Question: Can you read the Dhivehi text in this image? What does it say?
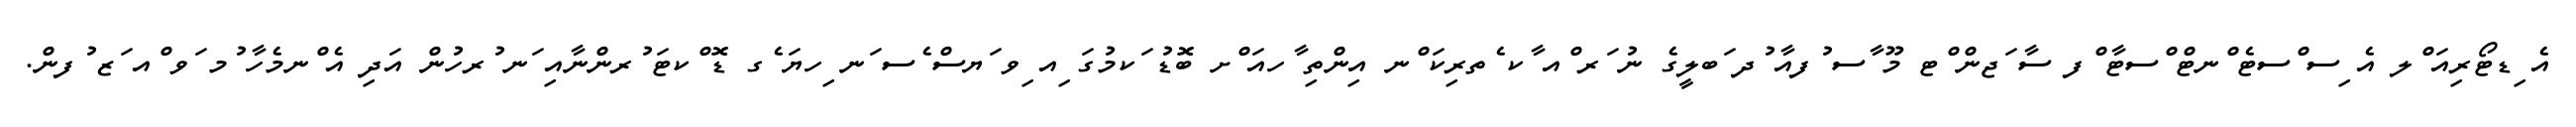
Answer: އެ ިޑޓޯރިއަ ްލ އެ ިސ ްސޓެ ްނޓް ްސޓާ ްފ ސާ ަޖން ްޓ މޫ ާސ ުފއާ ުދ ަބލީގެ ނު ަރ ްއ ާކ ެތރިކަ ްނ އިންތި ާހއަ ްށ ބޮޑު ަކމުގަ ިއ ިވ ަޔސް ެސ ަނ ިހޔަ ެގ ޑޮ ްކޓަ ުރންނާއި ަނ ުރހުން އަދި އެ ްނމެހާ ުމ ަވ ްއ ަޒ ުފން.